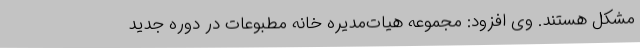
مشکل هستند. وی افزود: مجموعه هیات‌مدیره خانه مطبوعات در دوره جدید